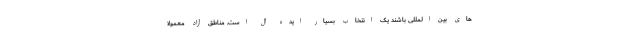
های بین المللی باشند یک انتخاب بسیار ایده آل است. مناطق آزاد معمولا